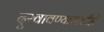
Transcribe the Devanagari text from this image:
दुखावण्यासाठीही